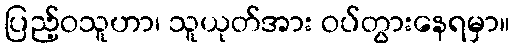
ပြည့်ဝသူဟာ၊ သူယုတ်အား ဝပ်တွားနေရမှာ။